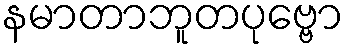
နမာတာဘူတပုဗ္ဗော